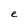
Character: e